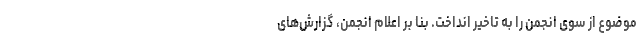
موضوع از سوی انجمن را به تاخیر انداخت. بنا بر اعلام انجمن، گزارش‌های